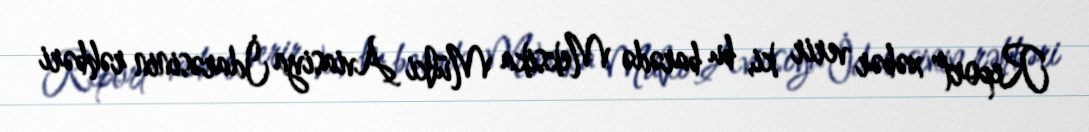
Report" xəbər verir ki, bu barədə Meksika Mülki Aviasiya İdarəsinin rəhbəri